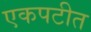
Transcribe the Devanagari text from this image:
एकपटीत